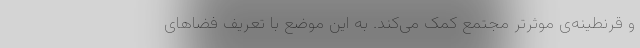
و قرنطینه‌ی موثرتر مجتمع کمک می‌کند. به این موضع با تعریف فضاهای